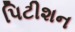
પિટીશન